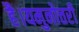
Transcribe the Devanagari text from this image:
है।यमुनोत्तरी